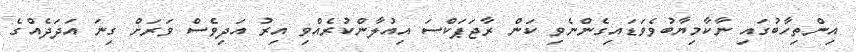
އިންތިހާބުގައި ނާކާމިޔާބުވެވަޑައިގެންނެވި ކަން ރާޖަޕަކްސަ އިއުލާންކުރެއްވި އިރު އަދިވެސް ވަރަށް ގިނަ އަދަދެއްގެ